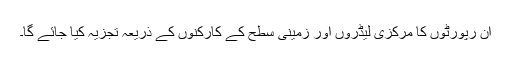
ان رپورٹوں کا مرکزی لیڈروں اور زمینی سطح کے کارکنوں کے ذریعہ تجزیہ کیا جائے گا۔